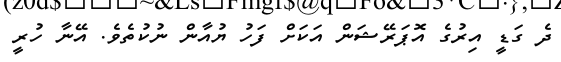
ދެ ގަޑީ އިރުގެ އޮޕަރޭޝަން އަކަށް ފަހު ޔުއާން ނުކުތެވެ. އޭނާ ހުރީ